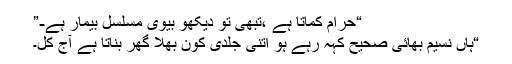
“حرام کماتا ہے ،تبھی تو دیکھو بیوی مسلسل بیمار ہے-”
“ہاں نسیم بھائی صحیح کہہ رہے ہو اتنی جلدی کون بھلا گھر بناتا ہے آج کل۔